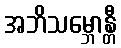
အဘိသမ္ဘောန္တီ